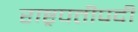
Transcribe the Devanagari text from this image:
राष्ट्रपतीपदी